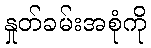
နှုတ်ခမ်းအစုံကို